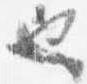
也